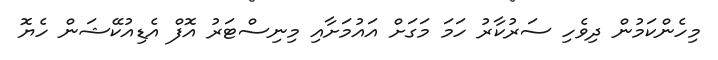
މިހެންކަމުން ދިވެހި ސަރުކާރު ހަމަ މަގަށް އައުމަށާއި މިނިސްޓަރު އޮފް އެޑިއުކޭޝަން ހެޔޮ